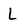
Character: L